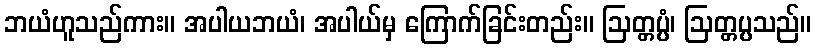
ဘယံဟူသည်ကား။ အပါယဘယံ၊ အပါယ်မှ ကြောက်ခြင်းတည်း။ ဩတ္တပ္ပံ၊ ဩတ္တပ္ပသည်။